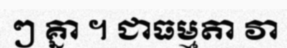
ៗ គ្នា ។ ជាធម្មតា វា